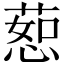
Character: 𫉅